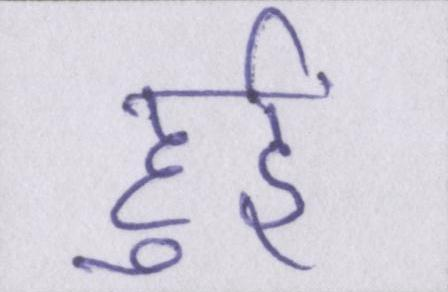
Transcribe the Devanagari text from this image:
हुईं